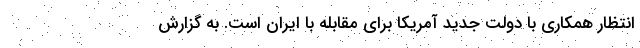
انتظار همکاری با دولت جدید آمریکا برای مقابله با ایران است. به گزارش